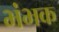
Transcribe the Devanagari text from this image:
भंभक